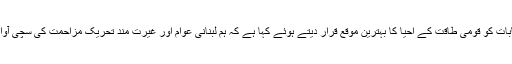
سید حسن نصراللہ نے پارلیمانی انتخابات کو قومی طاقت کے احیا کا بہترین موقع قرار دیتے ہوئے کہا ہے کہ ہم لبنانی عوام اور غیرت مند تحریک مزاحمت کی سچی آواز بن کر انتخابات میں حصہ لیں گے۔